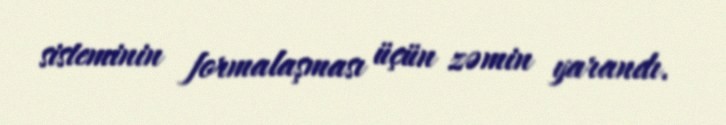
sisteminin formalaşması üçün zəmin yarandı.